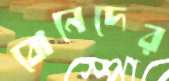
বোনেদের